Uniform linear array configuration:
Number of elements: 8
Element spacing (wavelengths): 0.25
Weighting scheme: uniform
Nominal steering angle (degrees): -15
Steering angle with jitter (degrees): -13.425
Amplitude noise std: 0.05
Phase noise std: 0.05

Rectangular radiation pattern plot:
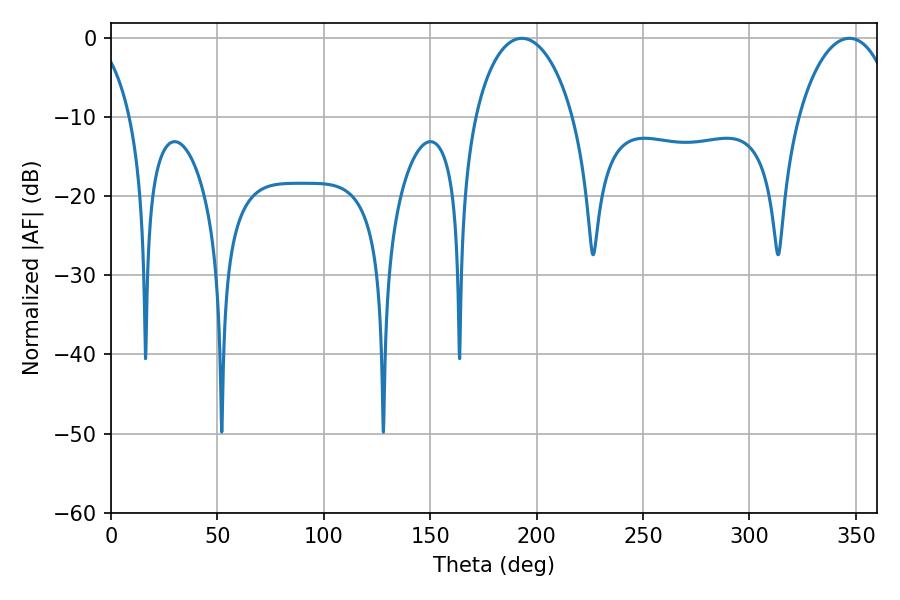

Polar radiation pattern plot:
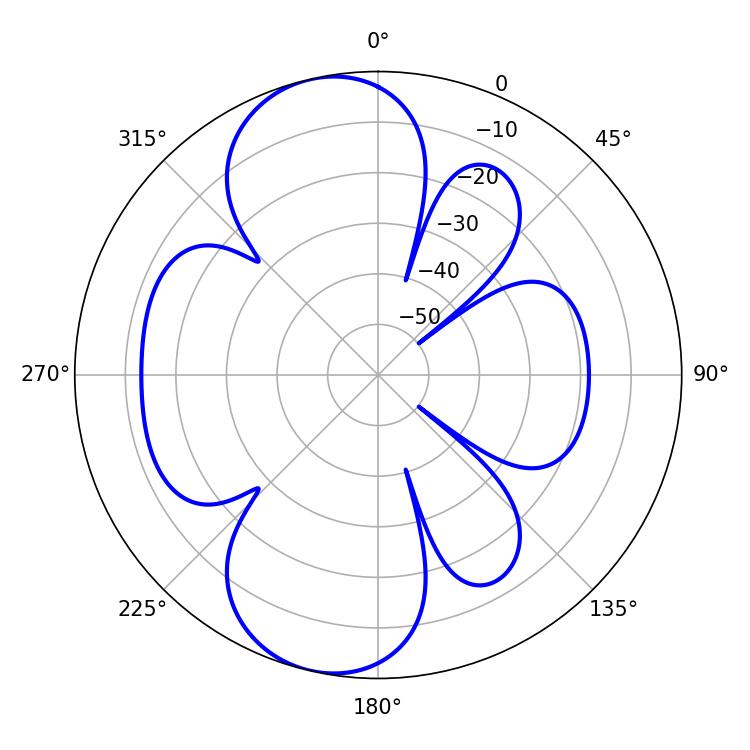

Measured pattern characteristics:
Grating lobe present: FALSE
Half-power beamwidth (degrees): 26.46
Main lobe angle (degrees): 192.96